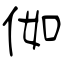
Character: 侞